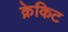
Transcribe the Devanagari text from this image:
क्रेकिट